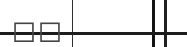
٣٠